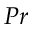
P r